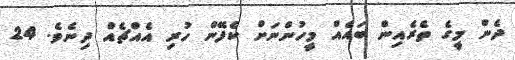
ދެން މީގެ ތެރެއިން ބައެއް މީހުންނަށް ކެފޭން ހުރި އެއްޗެއް ދިނެވެ. 24